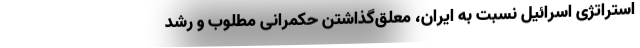
استراتژی اسرائیل نسبت به ایران، معلّق‌گذاشتن حکمرانی مطلوب و رشد